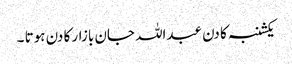
یکشنبہ کا دن عبداللہ جان بازار کا دن ہوتا ۔